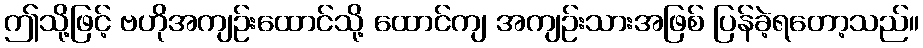
ဤသို့ဖြင့် ဗဟိုအကျဉ်းထောင်သို့ ထောင်ကျ အကျဉ်းသားအဖြစ် ပြန်ခဲ့ရတော့သည်။